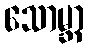
သောမ္ဘာ